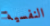
النفسية